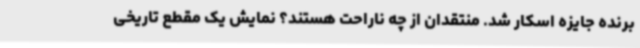
برنده جایزه اسکار شد. منتقدان از چه ناراحت هستند؟ نمایش یک مقطع تاریخی